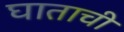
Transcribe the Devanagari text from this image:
घाताची